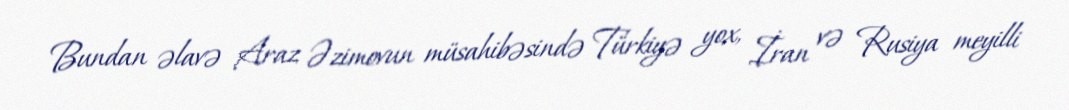
Bundan əlavə Araz Əzimovun müsahibəsində Türkiyə yox, İran və Rusiya meyilli